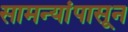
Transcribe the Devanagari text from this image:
सामन्यांपासून